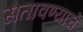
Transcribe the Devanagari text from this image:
सतावण्याचे